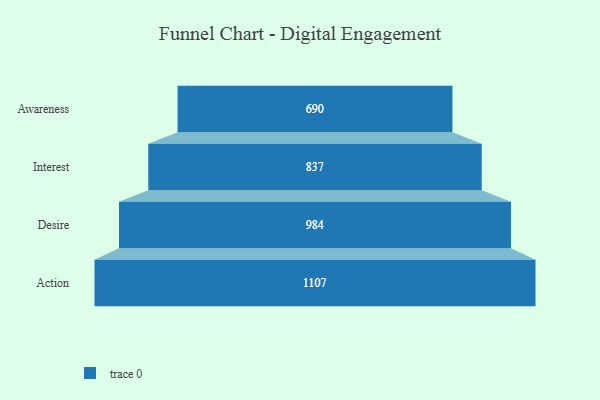
{"axis": {"x": "Stage", "y": "Value"}, "legend": [""], "data": [{"x": "Awareness", "y": 690.0, "type": ""}, {"x": "Interest", "y": 837.0, "type": ""}, {"x": "Desire", "y": 984.0, "type": ""}, {"x": "Action", "y": 1107.0, "type": ""}]}